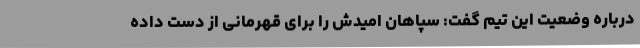
درباره وضعیت این تیم گفت: سپاهان امیدش را برای قهرمانی از دست داده